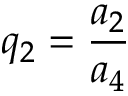
q _ { 2 } = \frac { a _ { 2 } } { a _ { 4 } }